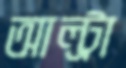
আল্ট্রা